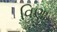
વિણા